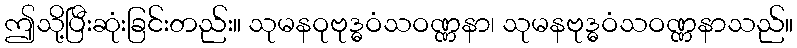
ဤသို့ပြီးဆုံးခြင်းတည်း။ သုမနဝုဗုဒ္ဓဝံသဝဏ္ဏနာ၊ သုမနဗုဒ္ဓဝံသဝဏ္ဏနာသည်။